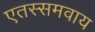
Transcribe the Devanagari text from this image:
एतस्समवाय